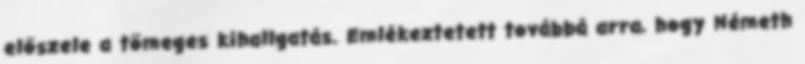
előszele a tömeges kihallgatás. Emlékeztetett továbbá arra, hogy Németh